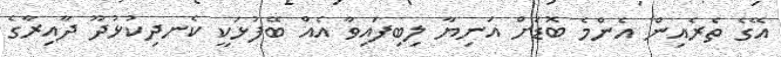
އޭގެ ތެރެއިން އެންމެ ބޮޑަށް އަނިޔާ ލިބިފައިވާ އެއް ބޭފުޅަކީ ކެނދިކުޅުދޫ ދާއިރާގެ